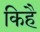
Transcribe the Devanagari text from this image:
किहै